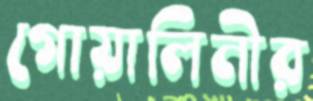
গোয়ালিনীর